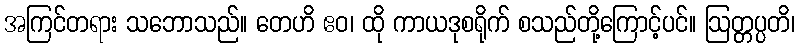
အကြင်တရား သဘောသည်။ တေဟိ ဧဝ၊ ထို ကာယဒုစရိုက် စသည်တို့ကြောင့်ပင်။ ဩတ္တပ္ပတိ၊